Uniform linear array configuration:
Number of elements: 64
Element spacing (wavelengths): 0.5
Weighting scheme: exponential
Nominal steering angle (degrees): -15
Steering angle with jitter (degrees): -13.577
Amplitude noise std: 0.05
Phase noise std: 0.05

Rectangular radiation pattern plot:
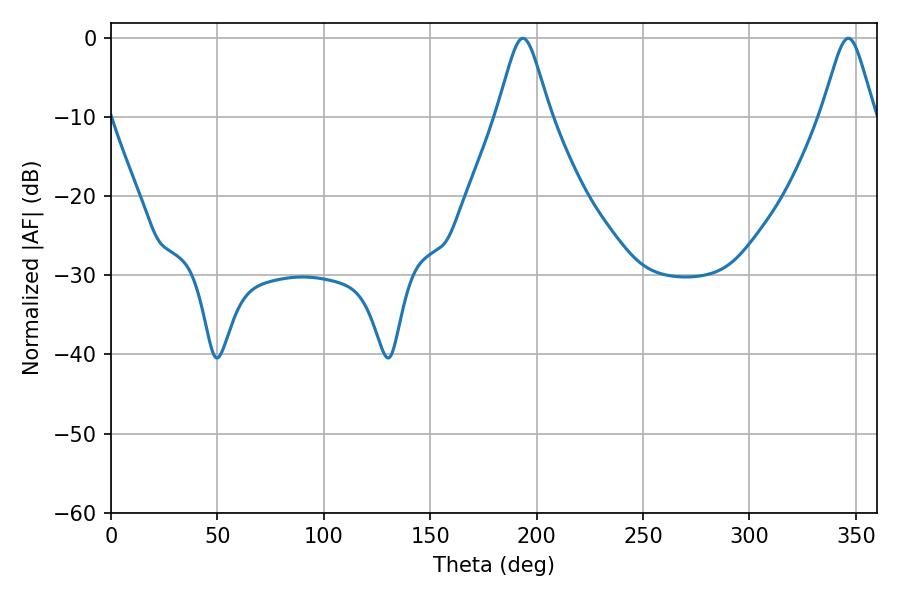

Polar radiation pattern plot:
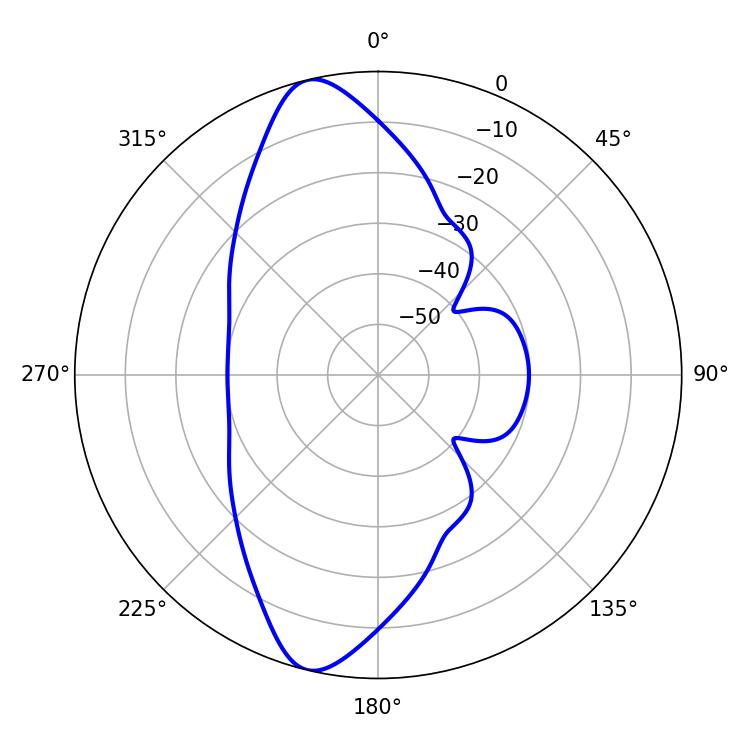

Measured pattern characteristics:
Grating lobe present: FALSE
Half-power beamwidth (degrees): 12.06
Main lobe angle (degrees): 193.5